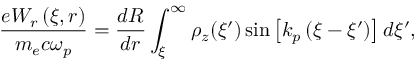
\frac { e W _ { r } \left( \xi , r \right) } { m _ { e } c \omega _ { p } } = \frac { d R } { d r } \int _ { \xi } ^ { \infty } \rho _ { z } ( \xi ^ { \prime } ) \sin \left[ k _ { p } \left( \xi - \xi ^ { \prime } \right) \right] d \xi ^ { \prime } ,